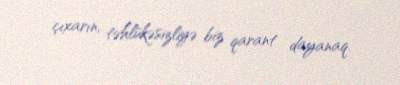
çıxarın, təhlükəsizliyə biz qarant dayanaq.